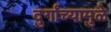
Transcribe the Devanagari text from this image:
दुर्गांच्यामुळे